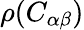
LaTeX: \rho(C_{\alpha\beta})